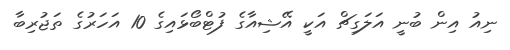
ނިއު އިން ބުނީ އަލަގިޗް އަކީ އޭޝިއާގެ ފުޓްބޯޅައިގެ 10 އަހަރުގެ ތަޖުރިބާ